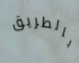
بالطريق